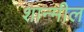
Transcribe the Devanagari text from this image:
शान्मील